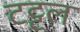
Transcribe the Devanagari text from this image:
टट्टल